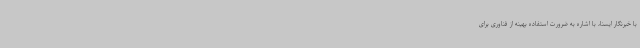
با خبرنگار ایسنا، با اشاره به ضرورت استفاده بهینه از فناوری برای